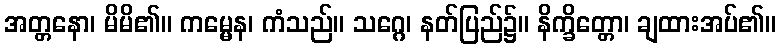
အတ္တနော၊ မိမိ၏။ ကမ္မေန၊ ကံသည်။ သဂ္ဂေ၊ နတ်ပြည်၌။ နိက္ခိတ္တော၊ ချထားအပ်၏။